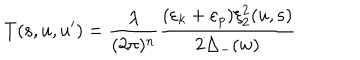
T ( { \bf s } , u , u ^ { \prime } ) = \frac { \lambda } { ( 2 \pi ) ^ { n } } \frac { ( \varepsilon _ { k } + \varepsilon _ { p } ) \xi _ { 2 } ^ { 2 } ( u , { \bf s } ) } { 2 \Delta _ { - } ( w ) }